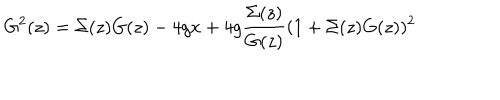
LaTeX: G ^ { 2 } ( z ) = \Sigma ( z ) G ( z ) - 4 g x + 4 g { \frac { \Sigma ( z ) } { G ( z ) } } ( 1 + \Sigma ( z ) G ( z ) ) ^ { 2 }